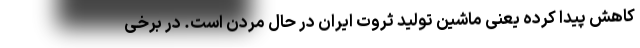
کاهش پیدا کرده یعنی ماشین تولید ثروت ایران در حال مردن است. در برخی